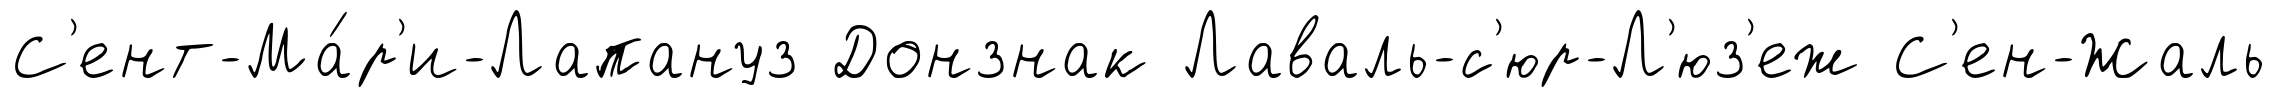
С'ент-Ма́р'и-Лапануз Донзнак Лаваль-с'юр-Л'юз'еж С'ен-Жаль